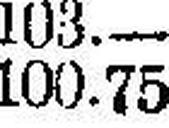
100.75